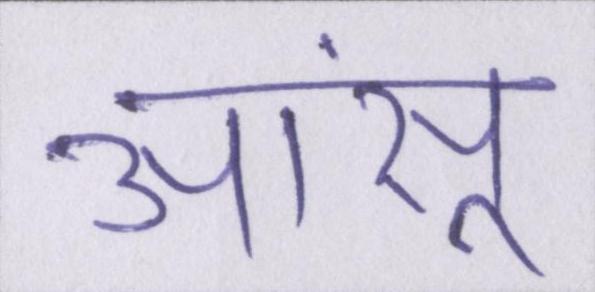
आंसू